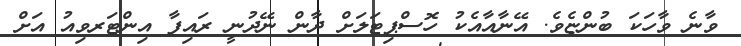
ވާނެ ވާހަކަ ބުންޏެވެ. އޭނާއާއެކު ހޮސްޕިޓަލަށް ދާން ނޭދުނީ ރައިފާ އިންޓަރވިއު އަށް